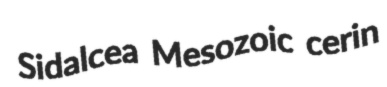
Sidalcea Mesozoic cerin